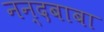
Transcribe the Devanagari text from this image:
नन्दबाबा